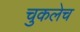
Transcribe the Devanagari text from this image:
चुकलेच